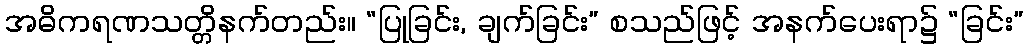
အဓိကရဏသတ္တိနက်တည်း။ “ပြုခြင်း, ချက်ခြင်း” စသည်ဖြင့် အနက်ပေးရာ၌ “ခြင်း”